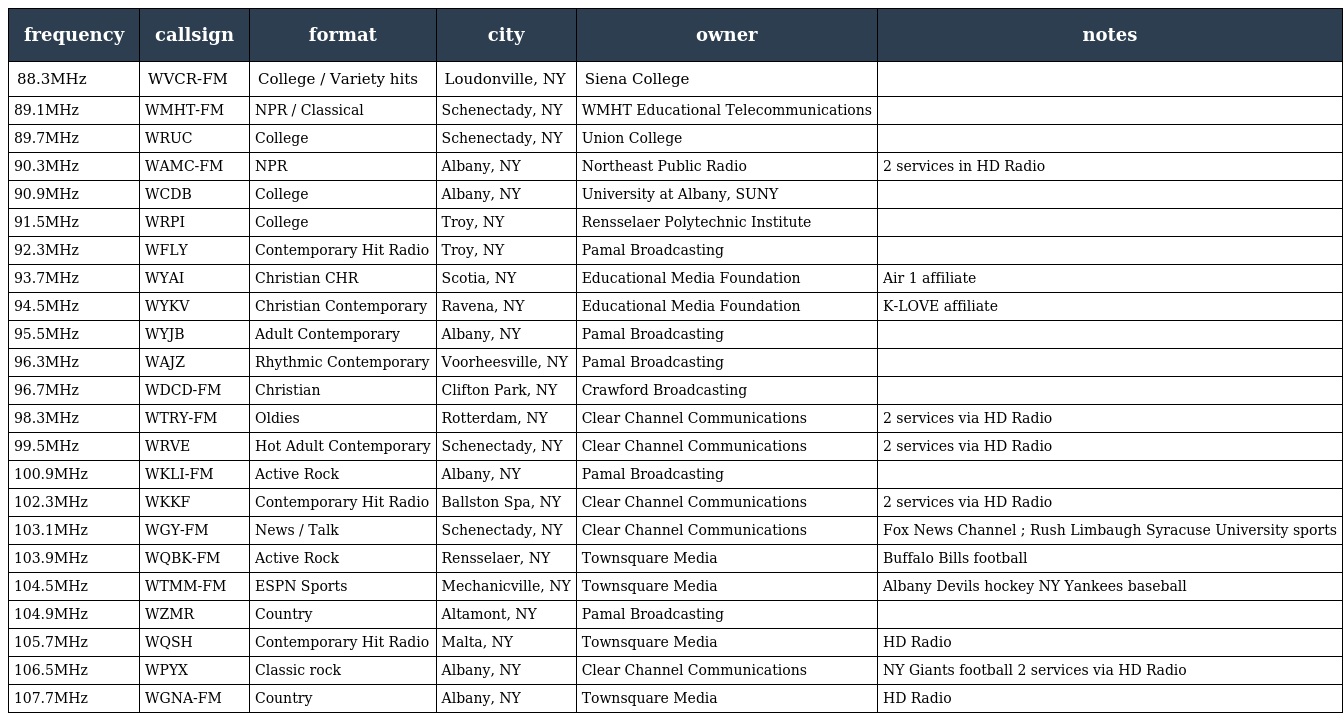
| frequency | callsign | format | city | owner | notes |
 | --- | --- | --- | --- | --- | --- |
 | 88.3MHz | WVCR-FM | College / Variety hits | Loudonville, NY | Siena College |  |
 | 89.1MHz | WMHT-FM | NPR / Classical | Schenectady, NY | WMHT Educational Telecommunications |  |
 | 89.7MHz | WRUC | College | Schenectady, NY | Union College |  |
 | 90.3MHz | WAMC-FM | NPR | Albany, NY | Northeast Public Radio | 2 services in HD Radio |
 | 90.9MHz | WCDB | College | Albany, NY | University at Albany, SUNY |  |
 | 91.5MHz | WRPI | College | Troy, NY | Rensselaer Polytechnic Institute |  |
 | 92.3MHz | WFLY | Contemporary Hit Radio | Troy, NY | Pamal Broadcasting |  |
 | 93.7MHz | WYAI | Christian CHR | Scotia, NY | Educational Media Foundation | Air 1 affiliate |
 | 94.5MHz | WYKV | Christian Contemporary | Ravena, NY | Educational Media Foundation | K-LOVE affiliate |
 | 95.5MHz | WYJB | Adult Contemporary | Albany, NY | Pamal Broadcasting |  |
 | 96.3MHz | WAJZ | Rhythmic Contemporary | Voorheesville, NY | Pamal Broadcasting |  |
 | 96.7MHz | WDCD-FM | Christian | Clifton Park, NY | Crawford Broadcasting |  |
 | 98.3MHz | WTRY-FM | Oldies | Rotterdam, NY | Clear Channel Communications | 2 services via HD Radio |
 | 99.5MHz | WRVE | Hot Adult Contemporary | Schenectady, NY | Clear Channel Communications | 2 services via HD Radio |
 | 100.9MHz | WKLI-FM | Active Rock | Albany, NY | Pamal Broadcasting |  |
 | 102.3MHz | WKKF | Contemporary Hit Radio | Ballston Spa, NY | Clear Channel Communications | 2 services via HD Radio |
 | 103.1MHz | WGY-FM | News / Talk | Schenectady, NY | Clear Channel Communications | Fox News Channel ; Rush Limbaugh Syracuse University sports |
 | 103.9MHz | WQBK-FM | Active Rock | Rensselaer, NY | Townsquare Media | Buffalo Bills football |
 | 104.5MHz | WTMM-FM | ESPN Sports | Mechanicville, NY | Townsquare Media | Albany Devils hockey NY Yankees baseball |
 | 104.9MHz | WZMR | Country | Altamont, NY | Pamal Broadcasting |  |
 | 105.7MHz | WQSH | Contemporary Hit Radio | Malta, NY | Townsquare Media | HD Radio |
 | 106.5MHz | WPYX | Classic rock | Albany, NY | Clear Channel Communications | NY Giants football 2 services via HD Radio |
 | 107.7MHz | WGNA-FM | Country | Albany, NY | Townsquare Media | HD Radio |